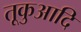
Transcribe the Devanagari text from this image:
तूकुआदि